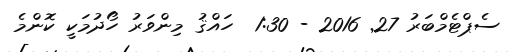
ސެޕްޓެމްބަރު 27